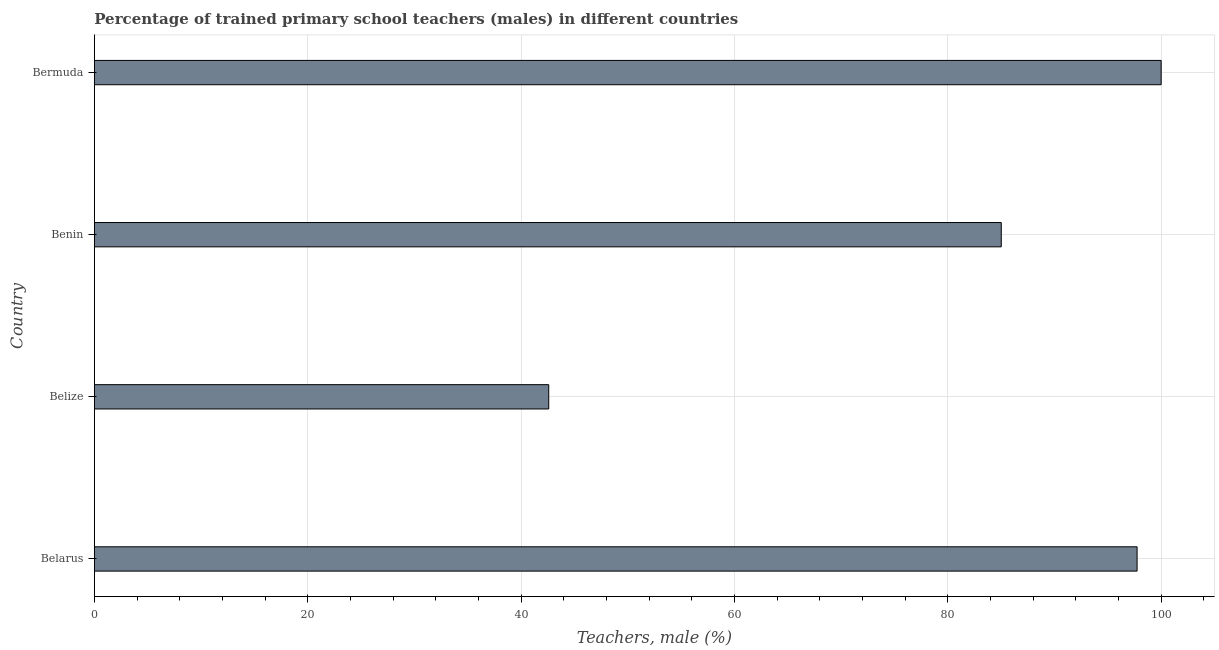
| Country | Trained teachers male |
 | --- | --- |
 | Belarus | 97.7 |
 | Belize | 42.6 |
 | Benin | 85 |
 | Bermuda | 100 |